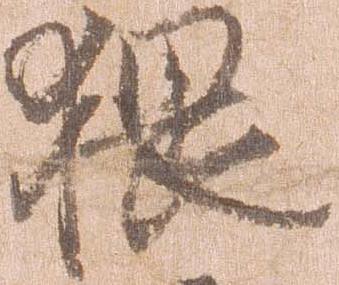
猥